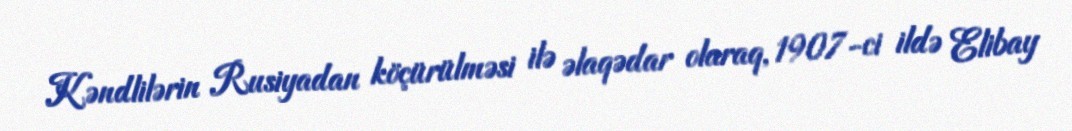
Kəndlilərin Rusiyadan köçürülməsi ilə əlaqədar olaraq, 1907-ci ildə Elibay